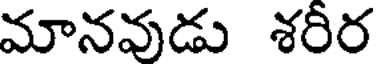
మానవుడు శరీర